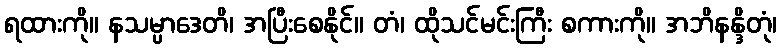
ရထားကို။ နသမ္ပာဒေတိ၊ အပြီးစေနိုင်။ တံ၊ ထိုသင်မင်းကြီး စကားကို။ အဘိနန္ဒိတုံ၊